Lunatic asylums Bombay report 1891-1903 - 1891-1903
Year: 1891
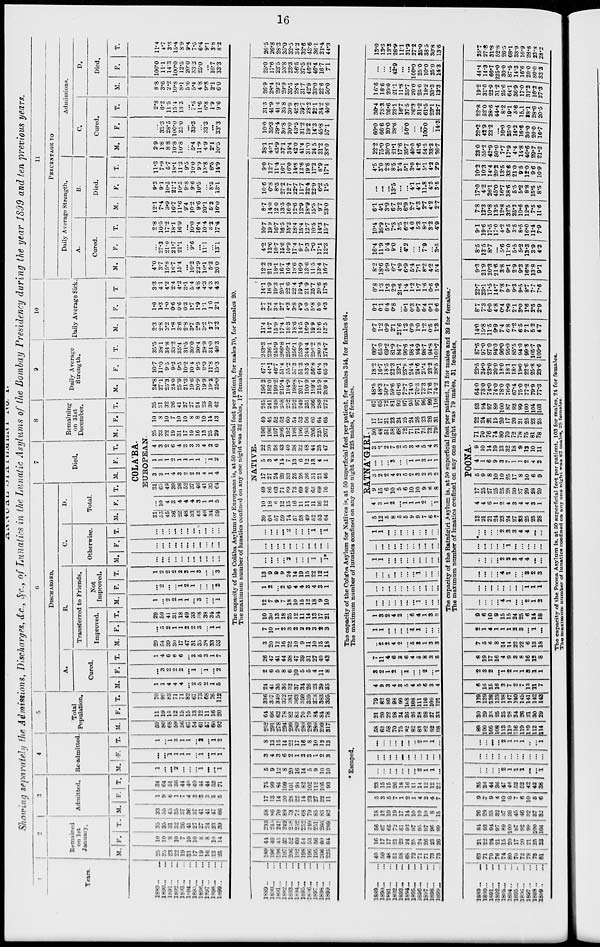
16
ANNUAL STATEMENT No. I.
Showing separately the Admissions, Discharges, &c., &c., of Lunatics in the Lunatic Asylums of the Bombay Presidency during the year 1899 and ten previous years.
1
Years.
1889... ...
1890... ...
1891... ...
1892... ...
1803... ...
1894... ...
1895... ...
1896... ...
1897... ...
1898... ...
1899... ...
2
Remained
on 1st
January.
M.
25
25
23
22
19
31
17
19
16
13
25
F.
10
10
8
10
7
10
10
8
8
10
14
T.
35
35
31
32
26
41
27
27
24
23
39
3
Admitted.
M.
33
55
45
35
37
36
37
41
41
17
66
F.
1
9
6
1
7
4
3
3
3
5
5
T.
34
64
51
36
44
40
40
44
44
52
71
4
Re-admitted.
M.
1
...
...
2
...
...
...
1
...
...
1
F.
...
...
1
1
1
1
...
1
...
1
1
T.
1
...
1
3
1
1
...
2
...
1
2
5
Total
Population.
M.
59
80
68
59
56
67
54
61
57
60
92
F.
11
19
15
12
15
15
13
12
11
16
20
T.
70
99
83
71
71
82
67
73
68
76
112
6
DlSCHARGED.
A.
Cured.
M.
1
1
4
4
4
...
2
5
2
1
5
F.
...
3
2
2
2
...
1
...
1
...
2
T.
1
4
6
6
6
...
3
5
3
1
7
B.
Transferred to Friends.
Improved.
M.
29
54
39
30
17
47
31
35
38
33
53
F.
...
5
2
1
1
2
2
3
...
1
1
T.
29
59
41
31
18
49
33
38
38
34
54
Not
Improved.
M.
1
...
2
2
1
1
...
3
...
...
1
F.
...
2
...
...
1
2
1
...
...
...
2
T.
1
2
2
2
2
3
1
3
...
...
3
C.
Otherwise.
M.
...
...
...
...
...
...
...
...
...
...
...
F.
...
...
...
...
...
...
...
...
...
...
...
T.
...
...
...
...
...
...
...
...
...
...
...
D.
Total.
M.
F.
T.
7
Died.
M. F.
T.
8
Remaining
on 31st
December.
M. F.
T.
COLA'BA.
EUROPEAN.
31
55
45
36
22
48
33
43
40
34
59
...
10
4
3
4
4
4
3
1
1
5
31
65
49
39
26
52
37
46
41
35
64
3
2
1
4
3
2
2
2
4
1
4
1
1
1
2
1
1
1
1
...
1
2
4
3
2
6
4
3
3
3
4
2
6
25
23
22
19
31
17
19
16
13
25
29
10
8
10
7
10
10
8
8
10
14
13
35
31
32
26
41
27
27
24
23
39
42
9
Daily Average
Strength.
M.
24.8
27.1
25.3
24.0
25.9
21.3
19.6
20.9
19.9
19.2
25.0
F.
10.7
11.0
9.5
9.2
9.5
10.2
10.4
9.5
9.0
11.8
15.3
T.
35.5
38.1
34.8
33.2
35.4
31.5
30.0
30.4
28.9
31.0
40.3
10
Daily Average Sick.
M.
2.3
2.8
3.2
1.8
3.6
2.8
3.7
2.9
3.2
2.7
2.2
F.
1.0
1.3
1.0
0.6
0.6
0 3
1.7
1.9
1.1
1.6
2.1
T
3.3
4.1
4.2
2.4
4.2
3.1
5.4
4.8
4.3
4.3
4.3
11
PERCENTAGE TO
Daily Average Strength.
A.
Cured.
M.
4.0
3.7
15.8
16.7
15.4
...
10.2
23.9
10.1
5.2
20.0
F.
...
27.3
21.0
21.7
21.1
...
9.6
...
11.1
...
13.1
T.
2.8
10.5
17.2
18.1
16.9
...
10.0
16.4
10.4
3.2
17.4
B.
Died.
M.
12.1
7.4
3.9
16.7
11.6
9.4
10.2
9.6
20.1
5.2
16.0
F.
9.3
9.1
10.5
21.7
10.5
9.8
9.6
10.5
...
8.5
13.1
T.
11.3
7.9
5.7
18.1
11.3
9.5
10.0
9.9
13.8
6.5
14.9
Admissions.
C.
Cured.
M.
2.9
1.8
88
10.8
10.8
...
5.4
11.9
4.9
2.1
10.5
F.
...
33.3
28.5
100.0
25.0
...
33.3
...
333
...
33.3
T.
2.9
6.2
11.5
15.4
13.3
...
7.5
11.6
6.8
1.9
9.6
D.
Died.
M.
8.8
3.6
2.2
10.8
8.1
5.6
5.4
4.8
9.8
2.1
6.0
F.
100.0
11.1
14.3
100.0
12.5
20.0
33.3
25.0
...
16.7
33.3
T.
11.4
4.7
3.8
15.4
8.9
9.4
7.5
6.4
9.1
3.8
8.2
The capacity of the Colába Asylum for Europeans is, at 50 superficial feet per patient, for males 70, for females 20.
The maximum number of lunatics confined on any one night was 32 males, 17 females.
1889... ...
1890... ...
1891... ...
1892... ...
1893... ...
1894... ...
1895... ...
1896... ...
1897... ...
1898... ...
1899...
...
189
196
196
197
206
122
198
196
195
206
225
41
49
45
52
52
60
54
53
56
60
64
233
245
241
249
258
252
252
249
251
266
289
58
86
76
89
73
72
68
79
85
83
82
17
13
14
20
28
22
14
23
27
22
11
75
99
84
109
101
94
82
102
112
105
93
5
9
12
8
20
16
14
5
9
10
10
3
4
3
6
2
1
2
3
1
2
3
8
13
15
14
22
17
16
8
10
12
13
252
291
278
294
299
280
280
280
289
299
317
64
66
62
78
82
83
70
79
84
84
78
316
357
340
372
381
363
350
359
373
383
395
24
41
36
36
32
37
34
26
23
29
35
2
6
5
8
6
10
5
5
4
11
8
26
47
41
44
38
47
39
31
27
40
43
3
20
12
16
22
10
9
11
10
15
18
7
10
1
2
3
2
2
3
3
2
3
10
30
13
18
25
12
11
14
13
17
21
12
7
9
7
18
10
15
12
18
9
10
1
2
...
2
6
4
4
3
4
3
1
13
9
9
9
24
14
19
15
22
12
11
...
...
...
...
2
...
...
...
1
...
1*
...
...
...
...
...
...
...
...
...
...
...
...
...
...
...
2
...
...
...
1
...
1
NATIVE.
39
38
57
59
74
57
58
49
52
53
64
10
18
6
12
15
16
11
11
11
16
12
49
86
63
71
89
73
69
60
63
69
76
17
27
24
29
33
25
26
36
31
21
46
5
3
4
14
7
13
6
12
13
4
1
22
30
28
43
40
38
32
48
44
25
47
196
196
197
206
192
198
196
195
206
225
207
49
45
52
52
60
54
53
56
60
64
65
245
241
249
258
252
252
249
251
266
289
272
196.2
192.0
199.2
215.4
194.9
198.8
201.7
190.9
199.4
215.9
209.4
47.1
44.1
46.7
51.4
55.2
57.3
51.3
53.5
56.8
64.4
65.3
243.3
236.1
245.9
266.8
250.1
256.1
253.0
244.4
256.2
280.3
274.7
11.4
14.7
15.9
17.4
18.3
18.6
14.5
16.9
19.9
15.6
13.5
2.7
2.2
3.4
2.7
4.3
3.8
4.9
5.0
5.8
5.0
4.3
14.1
16.9
19.3
20.1
22.6
22.4
19.4
21.9
25.7
20.6
17.8
12.2
21.3
18.1
16.7
16.4
18.6
16.9
13.6
11.5
13.4
16.7
4.2
13.6
10.7
15.6
10.9
17.4
9.7
9.3
7.0
17.1
12.3
10.7
19.9
16.7
16.5
15.2
18.4
15.4
12.7
10.5
14.3
15.7
8.7
14.0
12.0
13.5
16.9
12.6
12.9
18.9
15.5
9.7
23.0
10.6
6.8
8.5
27.2
12.7
22.7
11.7
22.4
22.9
6.2
1.5
9.0
12.7
11.4
16.1
16.0
14.8
12.6
19.6
17.2
8.9
17.1
38.1
43.1
43.9
37.1
34.4
42.0
41.4
31.0
24.5
31.2
38.0
10.0
35.3
29.4
30.8
20.0
43.5
31.2
19.2
14.3
45.8
57.1
31.3
41.9
41.4
35.8
30.9
42.3
39.7
28.2
22.1
34.2
40.6
26.9
28.4
29.2
29.9
35.5
28.4
31.7
42.9
33.0
22.6
50.0
25.0
17.6
23.5
53.8
23.3
56.5
37.5
46.2
46.4
16.7
7.1
26.5
26.8
28.3
35.0
32.5
34.2
32.6
43.6
36.1
21.4
44.3
The capacity of the Colába Asylum for Natives is, at 50 superficial feet per patient, for males 344, for females 64.
* Escaped.
The
maximum number of lunatics confined on any one night was 225 males, 67 females.
1889... ...
1890... ...
1891... ...
1892... ...
1893... ...
1894... ...
1895... ...
1896... ...
1897... ...
1898...
...
1899...
...
40
50
48
51
58
68
72
71
71
73
73
16
17
17
21
23
24
25
24
26
23
26
56
67
65
72
81
92
97
95
97
96
99
18
12
10
19
17
14
10
10
10
8
15
5
3
5
7
1
2
1
4
2
4
7
23
15
15
26
18
16
11
14
12
12
22
...
...
...
...
...
...
...
2
1
1
...
...
...
...
...
...
...
...
...
...
...
...
...
...
...
...
...
...
...
2
1
1
...
58
62
58
70
75
82
82
83
82
82
88
21
20
22
28
24
26
26
28
28
27
33
79
82
80
98
168
108
108
111
110
109
121
4
9
3
4
3
5
4
5
6
3
4
3
2
1
2
...
1
...
...
2
...
1
7
11
4
6
3
6
4
5
8
3
5
...
2
2
4
2
...
5
...
1
3
3
1
1
...
...
...
...
1
1
...
...
...
1
3
2
4
2
...
6
4
1
3
3
...
...
...
...
...
...
...
1
...
...
...
...
...
...
...
...
...
...
...
...
...
...
...
...
..
...
...
...
...
1
...
...
...
1
1
...
...
...
...
...
...
...
...
...
...
...
...
...
...
...
...
...
...
...
...
1
1
...
...
...
...
...
...
...
...
...
RATNA'GIRI.
5
12
5
8
5
5
9
9
7
6
7
4
3
1
2
...
1
1
1
2
...
1
9
15
6
10
5
6
10
10
9
6
8
3
2
2
4
2
5
2
3
2
3
2
...
...
...
3
...
...
1 1
3
1
1
3
2
2
7
2
5
3
4
5
4
3
50
48
51
58
68
72
71
71
73
73
79
17
17
21
23
24
25
24
26
23
26
31
67
65
72
81
92
97
95
97
96
99
110
48.5
48.3
50.7
59.6
61.6
72.7
74.0
70.3
73.3
71.6
74.2
18.2
16.7
18.5
22.3
23.1
23.9
24.4
24.6
25.4
23.2
28.5
66.7
65.0
69.2
81.9
84.7
96.6
98.4
94.9
98.7
94.8
102.7
0.7
1.2
0.9
2.1
21.6
1.3
0.9
1.0
1.2
0.5
1.3
0.1
0.1
0.4
0.8
...
0.1
0.3
0.7
0.4
0.1
0.6
0.8
1.3
1.3
2.9
21.6
1.4
1.2
1.7
1.6
0.6
1.9
8.2
18.6
5.9
6.7
4.9
6.9
5.4
7.1
8.2
4.2
5.4
16.4
11.9
54
9.0
... 4.2
...
...
79
...
3.5
10.4
16.9
5.7
7.3
3.5
6.2
4.0
5.3
8.1
3.2
4.9
6.1
4.1
3.9
6.7
3.2
6.9
2.7
4.3
2.7
4.2
2.7
...
...
...
13.5
...
...
4.1
4.1
11.8
4.3
3.5
4.5
3.0
2.8
8.5
2.4
5.1
3.0
4.2
5.1
4.2
2.9
22.2
75.0
30.0
21.1
17.6
35.7
40.0
41.6
54.5
33.3
26.7
60.0
66.6
20.0
28.6
...
50.0
...
...
100.0
...
14.3
30.4
73.3
26.6
23.1
16.7
37.5
36.3
31.2
61.5
23.1
22.7
16.6
16.6
20.0
21.1
11.8
35.7
20.0
25.0
18.2
33.3
13.3
...
...
...
42.9
...
...
100.0
25.0
10.0
25.0
14.3
13.0
13.3
13.3
26.9
11.1
31.2
27.2
25.0
38.5
30.8
13.6
The capacity of the Ratnágiri Asylum is, at 50 superficial feet per patient, 73 for males and 39 for females.
The maximum number of lunatics confined on any one night was 79 males, 31 females.
1889...
...
1890...
...
1891...
...
1892... ...
1893... ...
1894... ...
1895... ...
1896... ...
1897...
...
1898...
...
1899... ...
53
71
70
76
74
80
70
72
78
75
81
21
22
24
21
15
20
17
20
21
25
23
84
93
94
97
89
100
87
92
99
100
104
26
29
35
32
37
38
45
46
32
37
32
9
7
9
4
10
8
7
6
10
5
6
35
36
44
36
47
46
52
52
42
42
38
...
...
...
...
2
1
1
1
...
...
1
...
...
...
...
...
...
...
...
...
...
...
...
...
...
...
2
1
1
1
...
...
1
89
100
105
108
113
119
116
119
110
112
114
30
29
33
25
25
28
24
26
31
30
29
119
129
138
133
138
147
140
145
141
142
143
6
16
15
16
3
7
2
7
13
11
7
2
3
2
...
1
2
1
1
3
1
1
8
19
17
16
4
9
3
8
16
12
8
7
5
6
8
14
14
22
22
6
13
18
2
1
4
1
1
1
2
3
...
1
...
9
6
10
9
15
15
24
25
6
14
18
...
...
...
...
4
1
...
...
2
1
2
...
...
...
...
...
...
...
...
1
1
1
...
...
...
...
4
1
...
...
3
2
3
...
...
...
...
2
2
3
4
4
...
...
...
...
...
...
...
1
...
...
...
...
...
...
...
...
...
2
3
3
4
4
...
...
POONA.
13
21
21
24
23
24
27
33
25
25
28
4
4
6
1
2
4
3
4
4
3
1
17
25
27
25
25
28
30
37
29
28
29
5
9
8
10
10
25
17
8
10
6
9
4
1
6
9
3
7
1
1
2
4
2
9
10
14
19
13
32
18
9
12
10
11
71
70
76
74
80
70
72
78
75
81
78
22
24
21
15
20
17
20
21
25
23
25
93
94
97
89
100
87
92
99
100
104
103
64.0
73.0
74.0
74.0
78.0
76.9
67.4
75.0
77.2
79.9
77.3
23.5
24.0
23.0
20.0
18.0
18.1
18.1
19.0
22.6
25.8
23.6
87.5
97.0
97.0
94.0
96.0
95.0
85.5
940
99.8
105.7
100.9
14.0
15.8
11.5
9.9
7.4
6.8
7.2
6.5
7.1
5.2
4.7
8.7
7.3
6.0
4.8
0.4
2.9
2.1
3.0
1.6
2.5
2.9
22.7
23.1
17.5
14.7
7.8
9.7
9.3
9.5
8.7
7.7
7.6
9.3
21.9
20.3
21.6
3.8
9.1
2.9
9.3
16.8
13.8
9.1
8.5
12.5
8.7
...
5.6
11.0
5.5
5.2
13.3
3.9
4.2
9.1
19.6
17.5
17.0
4.2
9.5
3.5
8.5
16.0
11.4
7.9
7.8
12.3
10.8
13.5
12.8
32.5
25.2
10.6
12.9
7.5
11.6
17.0
4.2
26.1
45.0
16.7
38.6
5.5
5.2
8.8
15.5
8.5
10.2
10.3
14.4
20.2
13.5
33.6
21.0
9.5
12.0
9.6
10.9
23.0
55.2
42.9
50.0
7.7
17.9
4.4
14.8
40.6
29.7
21.2
22.2
42.9
22.2
...
10.0
25.0
14.2
16.6
30.0
20.0
16.7
22.8
52.0
38.6
44.4
8.2
19.1
5.6
15.1
18.1
28.6
20.5
19.2
31.0
22.9
31.2
25.6
64.1
36.9
17.0
31.2
16.2
27.3
44.4
14.3
66.7
225.0
30.0
87.5
14.3
16.6
20.0
80.0
33.3
25.7
27.8
31.8
52.8
26.5
68.1
33.9
16.9
28.6
23.8
28.2
The capacity of the Poona Asylum is, at 50 superficial feet per patient, 103 for males, 24 for females.
The maximum number of lunatics confined on any one night was 82 males, 25 females.